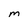
Character: m